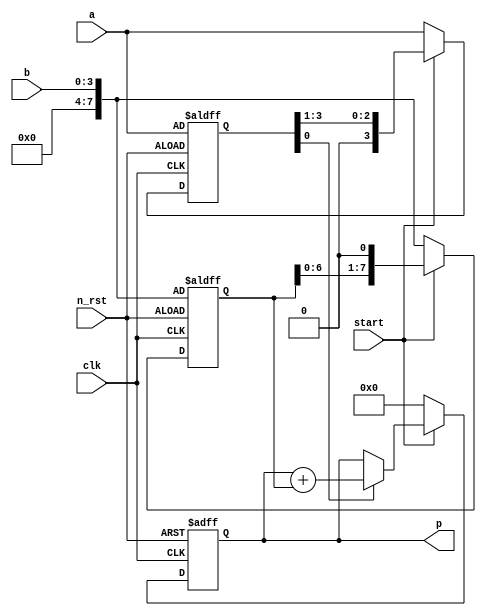
module shift_add(
    input clk, n_rst,
    input start,
    input [3:0] a, //multiplier
    input [3:0] b, //multiplicand

    output reg [7:0] p// product
);

reg [3:0] s_a; //sum_multiplier
reg [7:0] s_b; //sum_multiplier

always @(posedge clk or negedge n_rst) begin
    if(!n_rst)
        p <= 8'h0;
    else begin
        if(start == 1'b1)
            p <= (s_a[0] == 1'b1)? p + s_b : p;
        else begin
            p <= 8'h0;
        end
    end
end

always @(posedge clk or negedge n_rst) begin
    if(!n_rst)
        s_b <= b;
    else begin
        if(start == 1'b1)
            s_b <= s_b << 1;
        else
            s_b <= b;
    end
end 


always @(posedge clk or negedge n_rst) begin
    if(!n_rst)
        s_a <= a;
    else begin
        if(start == 1'b1)
            s_a <= s_a>> 1;
        else
            s_a <= a;
    end

end 


endmodule